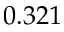
0 . 3 2 1